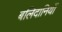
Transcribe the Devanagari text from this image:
बलिदानियों